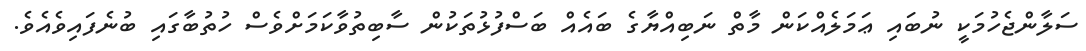
ސަލާންޖެހުމަކީ ނުބައި ޢަމަލެއްކަން މާތް ނަބިއްޔާގެ ބައެއް ބަސްފުޅުތަކުން ސާބިތުވާކަމަށްވެސް ހުތުބާގައި ބުނެފައިވެއެވެ.